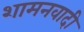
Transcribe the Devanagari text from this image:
शामनवादी